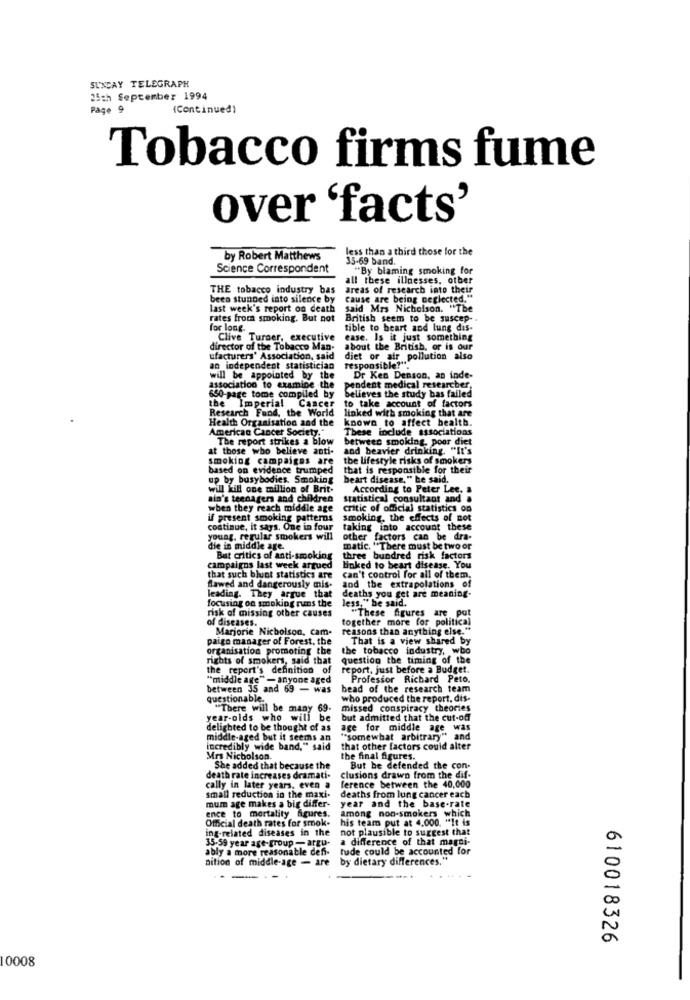
SUNDAY TELEGRAPH
25th September 1994
Page 9
(Continued)
Tobacco firms fume
over 'facts'
less than a third those for the
by Robert Matthews
35-69 band.
Science Correspondent
"By blaming smoking for
all these illnesses, other
THE tobacco industry bas
areas of research into their
been stunned into silence by
cause are being neglected."
last week's report on death
said Mrs Nicholson. "The
rates from smoking. But not
British seem to be suscep-
for long.
tible to heart and lung dis-
Clive Turner, executive
ease. Is it just something
director of the Tobacco Man.
about the British, or is our
ufacturers' Association, said
diet or air pollution also
an independent statistician
responsible?"
will be appointed by the
Dr Ken Denson, an inde-
association to examine the
pendent medical researcher,
650-page tome compiled by
Believes the study bas failed
to take account of factors
the Imperial Cancer
Research Fund, the World
linked with smoking that are
known to affect bealtb.
Health Organisation and the
American Cancer Society."
These include associations
The report strikes a blow
between smoking, poor diet
at those who believe anti-
and beavier drinking. "It's
smoking campaigns are
the lifestyle risks of smokers
based on evidence trumped
that is responsible for their
up by busybodies. Smoking
beart disease," he said.
will kill one million of Brit-
According to Peter Lee, &
sin's teenagers and children
statistical consultant and
when they reach middle age
critic of oficial statistics on
if present smoking patterns
smoking, the effects of not
continue, it says. One in four
taking into account these
young, regular smokers will
other factors can be dra-
die in middle age.
matic. "There must be two or
But critics of anti-smoking
three bundred risk factors
campaigns last week argued
linked to heart disease. You
that such blunt statistics are
Can't control for all of them.
flawed and dangerously mis-
leading. They argue that
and the extrapolations of
deaths you get are meaning-
focusing on smoking rums the
less," he said.
risk of missing other causes
"These figures are put
of diseases.
together more for political
Marjorie Nicholson, cam-
reasons than anything else .**
paige manager of Forest, the
That is a view shared by
organisation promoting the
the tobacco industry, wbo
rights of smokers, said that
question the timing of the
the report's definition of
report, just before a Budget.
"middle age" - anyone aged
Professor Richard Peto.
between 35 and 69 - was
bead of the research team
questionable.
who produced the report, dis-
"There will be many 69.
missed conspiracy theories
year-olds who will be
but admitted that the cut-off
delighted to be thought of as
age for middle age was
middle-aged but it seems an
"somewhat arbitrary" and
incredibly wide band," said
that other factors could alter
Mrs Nicholson
the final figures.
She added that because the
But be defended the con-
death rate increases dramati-
clusions drawn from the dif-
cally in later years, even a
ference between the 40,000
small reduction in the maxi-
mum age makes a big differ-
deaths from lung cancer each
year and the base-rate
ence to mortality figures.
among non-smokers which
Official death rates for smok.
his team put at 4.000. "It is
ing-related diseases in the
not plausible to suggest that
35.59 year age-group -argu-
a difference of that magni-
ably a more reasonable defi-
tude could be accounted for
nition of middle-age - are
by dietary differences."
-
610018326
10008